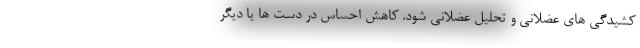
کشیدگی های عضلانی و تحلیل عضلانی شود. کاهش احساس در دست ها یا دیگر